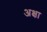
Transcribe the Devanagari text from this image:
अक्षा